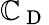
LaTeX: \mathbb{C}_{\mathrm{{~D~}}}